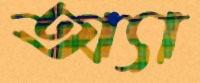
অ্যা